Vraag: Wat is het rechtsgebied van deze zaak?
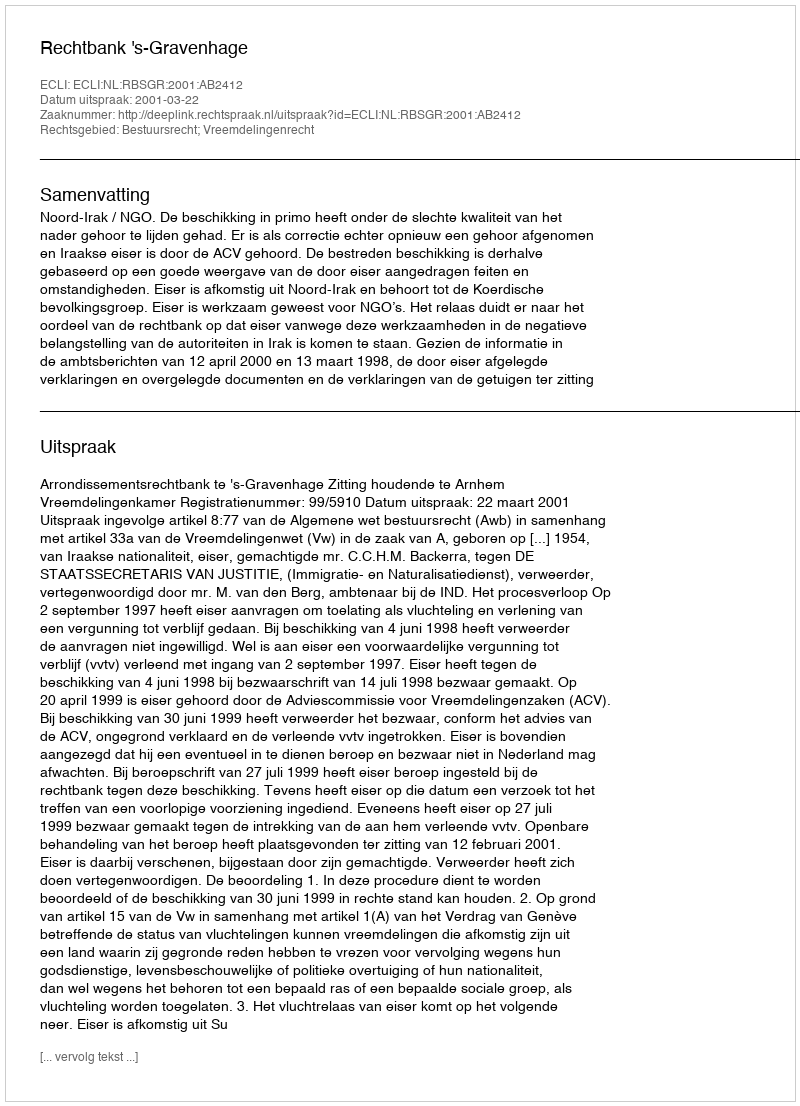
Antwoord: Bestuursrecht; Vreemdelingenrecht